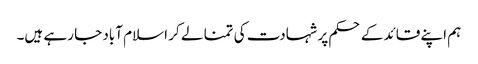
ہم اپنے قائد کے حکم پر شہادت کی تمنا لے کر اسلام آباد جا رہے ہیں۔